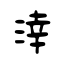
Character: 涬